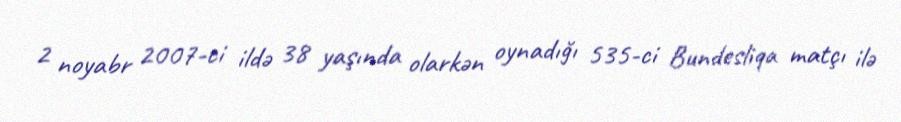
2 noyabr 2007-ci ildə 38 yaşında olarkən oynadığı 535-ci Bundesliqa matçı ilə